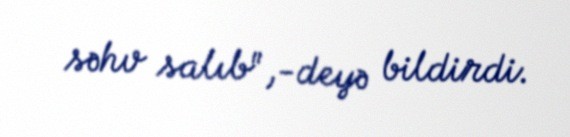
səhv salıb",-deyə bildirdi.